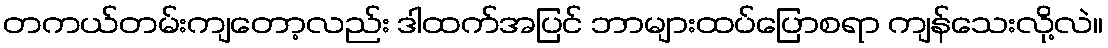
တကယ်တမ်းကျတော့လည်း ဒါထက်အပြင် ဘာများထပ်ပြောစရာ ကျန်သေးလို့လဲ။